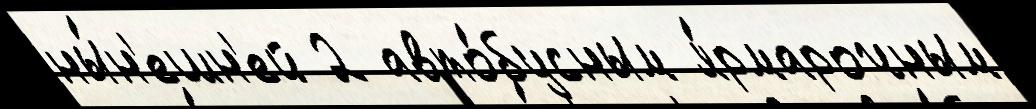
ны́н'ешн'ей 2 авто́бусным я́рмарочным